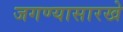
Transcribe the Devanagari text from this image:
जगण्यासारखे